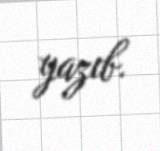
yazıb.